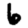
Digit: 6